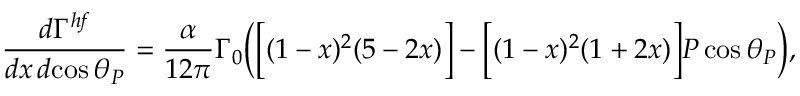
\frac { d \Gamma ^ { h \! f } } { d x \, d \! \cos \theta _ { P } } = \frac { \alpha } { 1 2 \pi } \Gamma _ { 0 } \Big ( \Big [ ( 1 - x ) ^ { 2 } ( 5 - 2 x ) \Big ] - \Big [ ( 1 - x ) ^ { 2 } ( 1 + 2 x ) \Big ] P \cos \theta _ { P } \Big ) ,